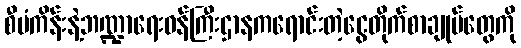
စီမံကိန်းနဲ့ဘဏ္ဍာရေးဝန်ကြီးဌာနကရောင်းတဲ့ငွေတိုက်စာချုပ်တွေကို